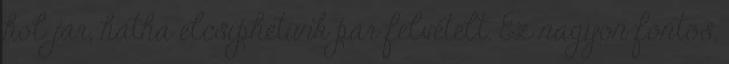
hol jár, hátha elcsíphetünk pár felvételt. Ez nagyon fontos,